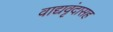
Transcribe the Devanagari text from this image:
वाद्यवृंदासह